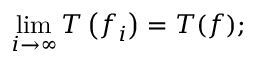
\operatorname* { l i m } _ { i \to \infty } T \left( f _ { i } \right) = T ( f ) ;